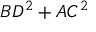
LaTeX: B D ^ { 2 } + A C ^ { 2 }